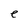
Character: e